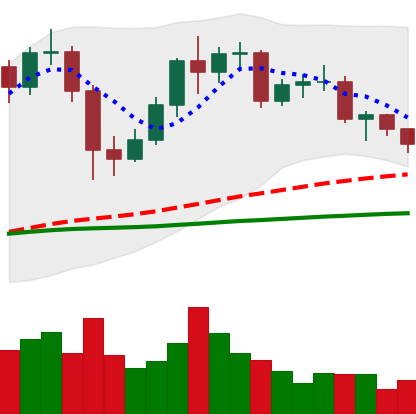
Ticker: LTC-USD
Chart end date: 2020-12-11
Forward return: 28.718%
Label: up_7plus